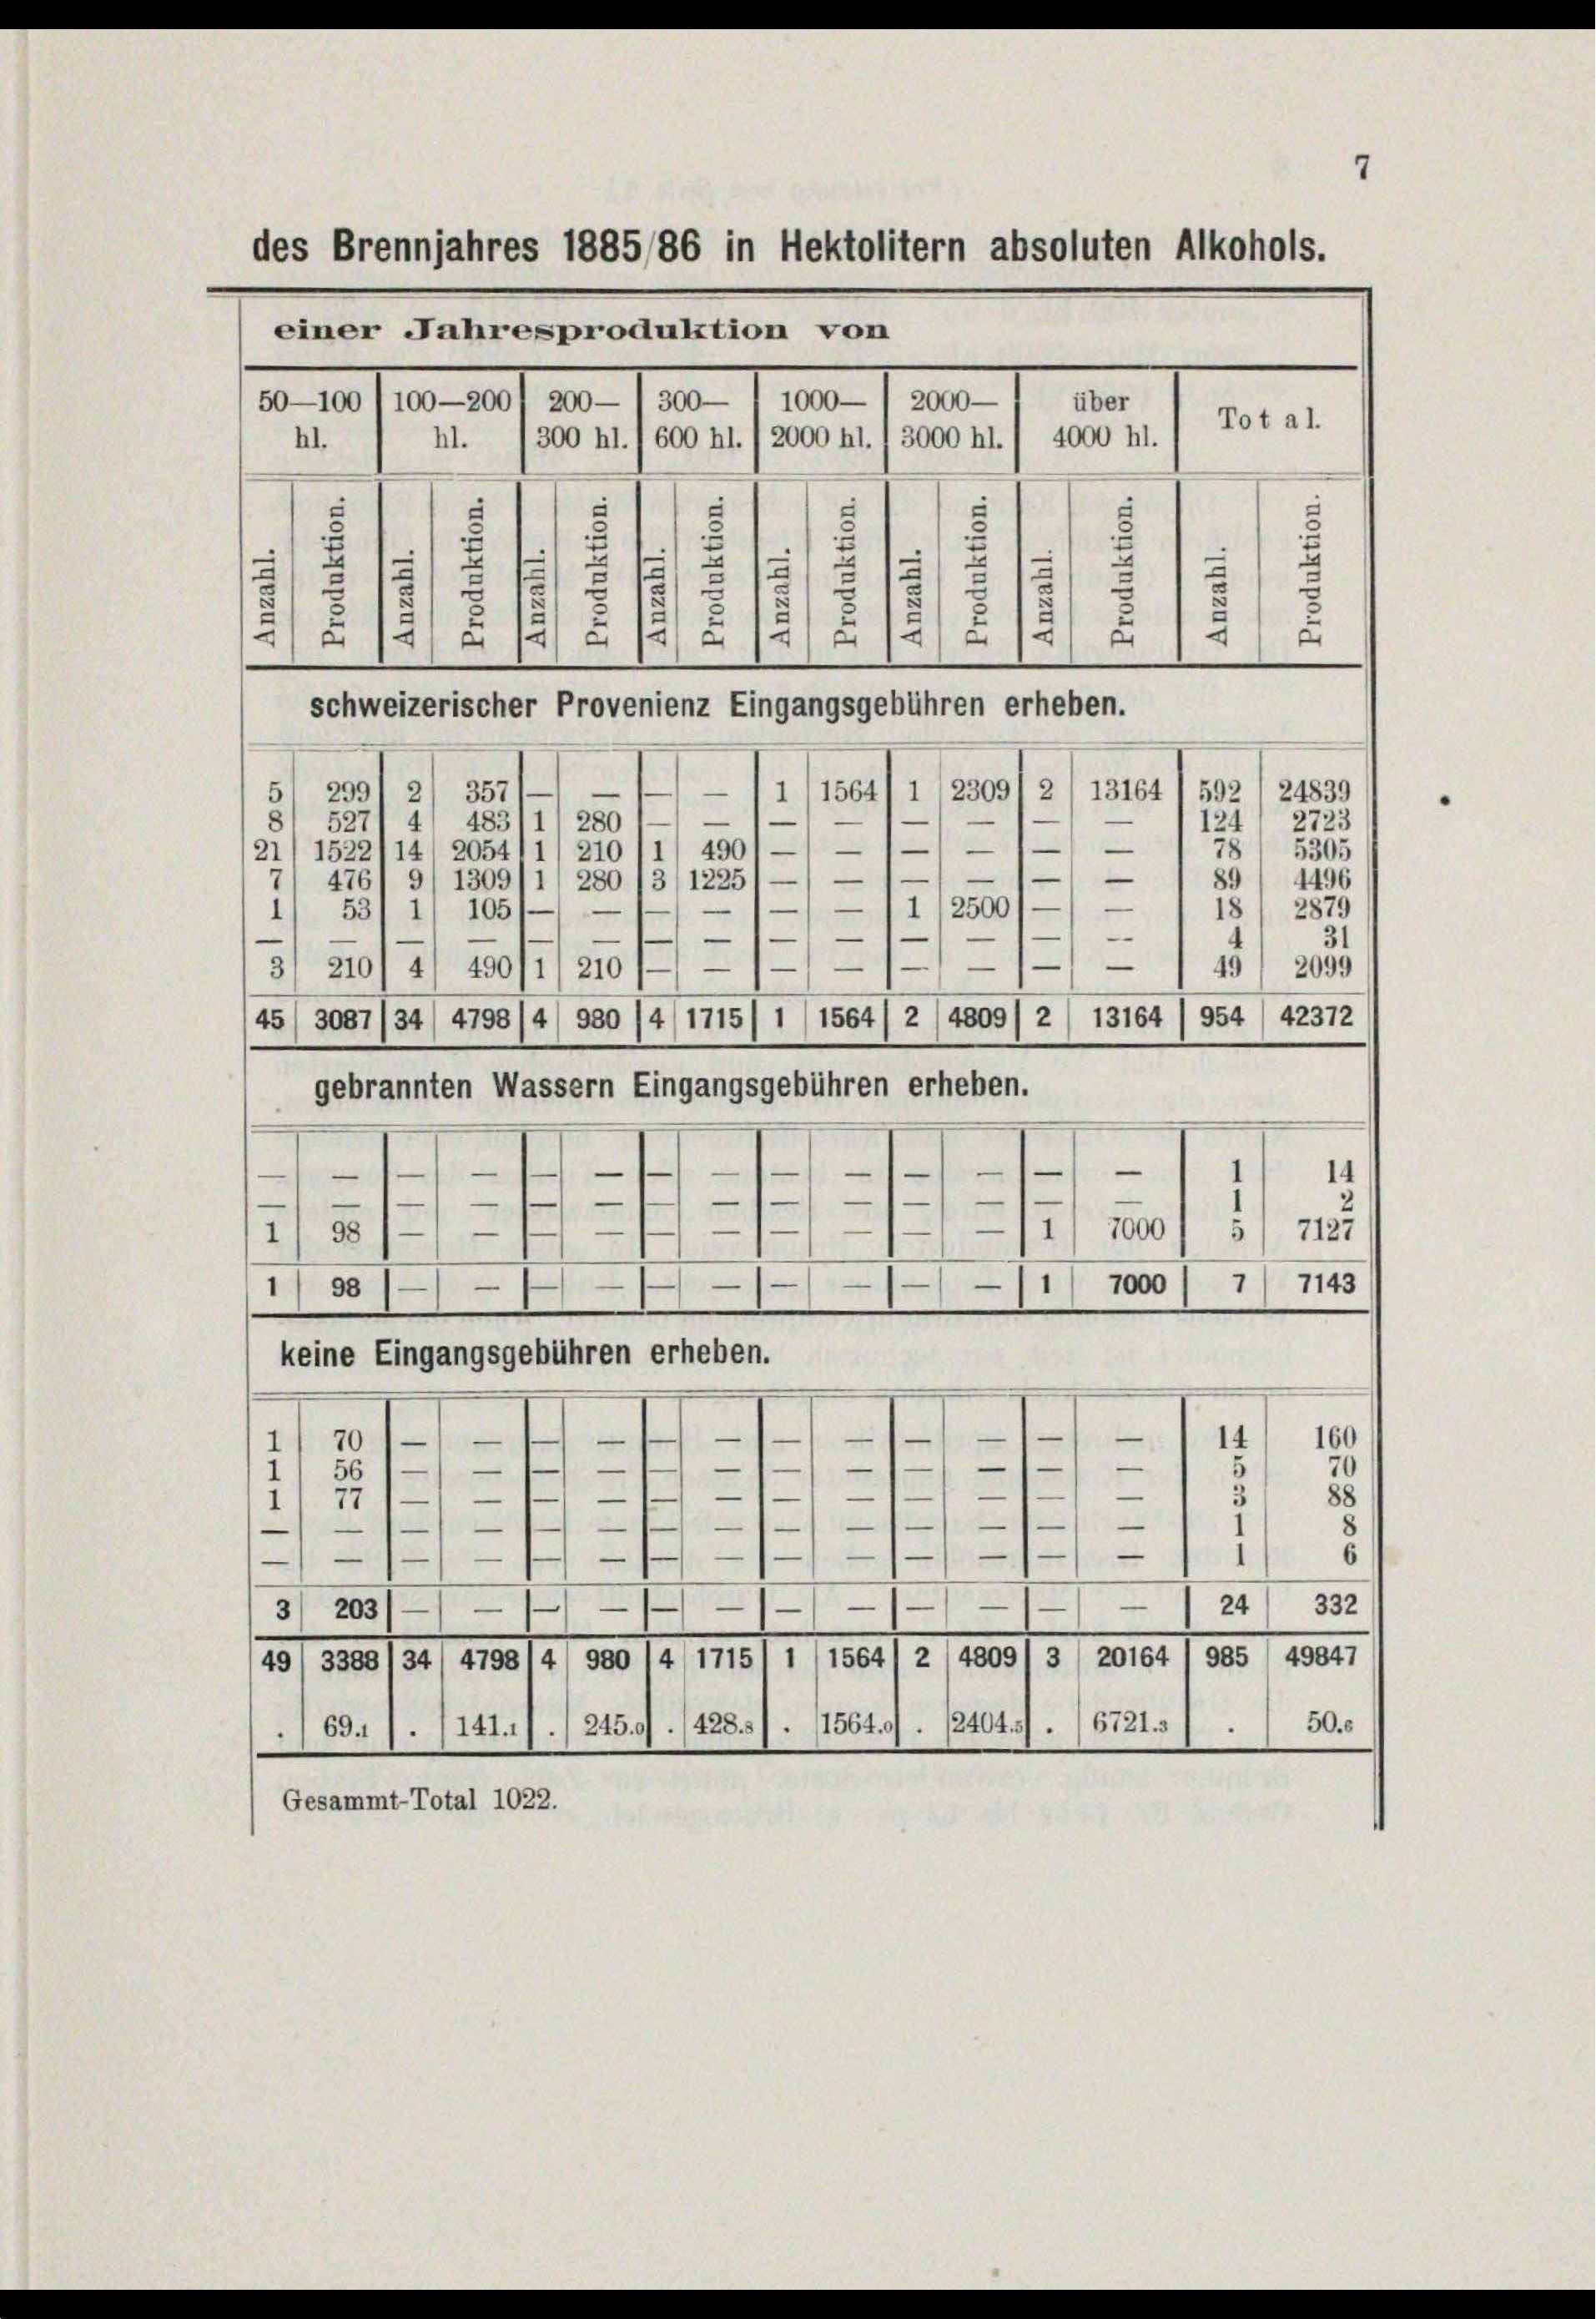
7
des Brennjahres 1885/86 in Hektolitern absoluten Alkohols.

einer Jahresproduktion von
50—100 I 100-2001 200— / 300— I 1000— / 2000 —
über
hl. 1300 hl. 600 fl. 1 2000 hl. 1 3000 hl. 1 4000 hl.
hl.
e
“
e
.
e
.
3
u
.
d
.
.
u
.
.
4
e
u
e
¬
schweizerischer Provenienz Eingangsgebühren erheben.
299
—
—
2
1/156411 (2309
357
e
48311, 280
527) 4
124) 2723
—
—
21
78 5305
490
1
1522/14 2054
210
—
—
—
89
1496
476/ 9/ 1309/1, 280
1225
—
—1112500
18) 2879
1) 105
53
—
—
—
31

1
49
2099
3/ 210
4 49011, 210
954) 42372
1 (15641 2/4809/ 2
13164
45
4798/4/ 380
4/1715/
3087/34
gebrannten Wassern Eingangsgebühren erheben.
—
—
14
98
1
5/ 7127
7000
—
1
)
1
7000 / 7/ 7143
98
1
keine Eingangsgebühren erheben.
n
1
160
14
e
—
—
10
—
—
88
77
—
e
1
—
—
—
1
—
e
—
—124 332
—
203
3
49847
479814/ 930 14/ 1715/ 1 (1564) 2 (48091 3 / 20164 1 985
34
49, 3389
50.6
/69./. (141.7./ 24507. 1428. 5/. (1564. . . 124043/ . 16721. 3
.
Gesammt-Total 1022.

Tot al

13164 1 592, 24839